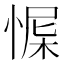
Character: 㥡